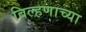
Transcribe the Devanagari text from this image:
बिल्हणाच्या